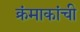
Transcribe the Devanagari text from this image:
क्रंमाकांची